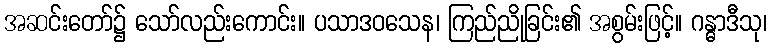
အဆင်းတော်၌ သော်လည်းကောင်း။ ပသာဒဝသေန၊ ကြည်ညိုခြင်း၏ အစွမ်းဖြင့်။ ဂန္ဓာဒီသု၊